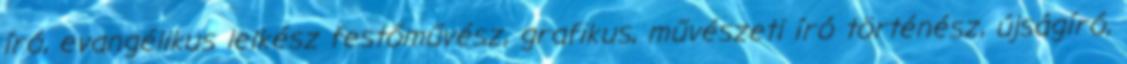
író, evangélikus lelkész festőművész, grafikus, művészeti író történész, újságíró,